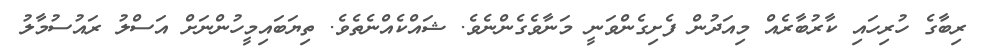
ރިބާގެ ހުރިހައި ކާރުބާރެއް މިއަދުން ފެށިގެންވަނީ މަނާވެގެންނެވެ. ޝައްކެއްނެތެވެ. ތިޔަބައިމީހުންނަށް އަސްލު ރައުސުމާލު